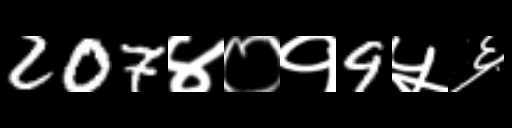
Text: 207४०१9५६